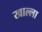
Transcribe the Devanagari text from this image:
खाल्‍ला